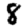
Digit: 8